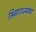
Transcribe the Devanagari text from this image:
सिमाराज्यावर